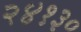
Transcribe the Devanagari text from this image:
२४१३०